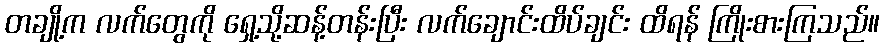
တချို့က လက်တွေကို ရှေ့သို့ဆန့်တန်းပြီး လက်ချောင်းထိပ်ချင်း ထိရန် ကြိုးစားကြသည်။